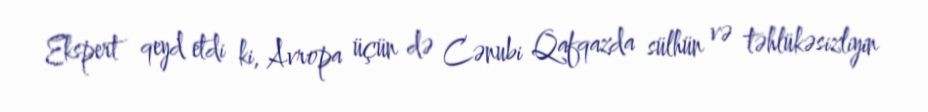
Ekspert qeyd etdi ki, Avropa üçün də Cənubi Qafqazda sülhün və təhlükəsizliyin